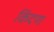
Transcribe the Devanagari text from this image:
किंदण